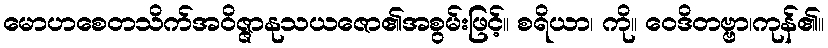
မောဟစေတသိက်အဝိဇ္ဇာနုသယဇော၏အစွမ်းဖြင့်။ စရိယာ၊ ကို။ ဝေဒိတဗ္ဗာ၊ကုန်၏။